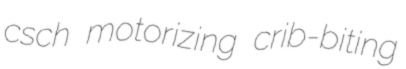
csch motorizing crib-biting